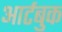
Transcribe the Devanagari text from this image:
आर्टबुक